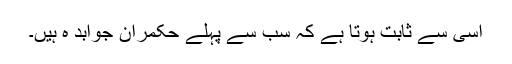
اسی سے ثابت ہوتا ہے کہ سب سے پہلے حکمران جوابد ہ ہیں۔